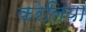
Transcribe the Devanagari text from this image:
करेलिया